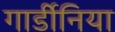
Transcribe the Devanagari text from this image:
गार्डीनिया